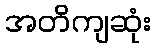
အတိကျဆုံး